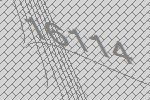
16114